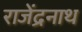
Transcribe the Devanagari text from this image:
राजेंद्रनाथ